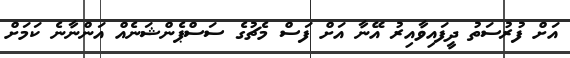
އަށް ފުރުސަތު ދީފައިވާއިރު އޭނާ އަށް ފަސް މެޗުގެ ސަސްޕެންޝަނެއް އަންނާނެ ކަމަށް